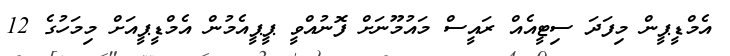
އެމްޑީޕީން މިފަދަ ސިޓީއެއް ރައީސް މައުމޫނަށް ފޮނުއްވީ ޕީޕީއެމުން އެމްޑީޕީއަށް މިމަހުގެ 12